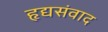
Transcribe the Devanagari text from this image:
हृद्यसंवाद